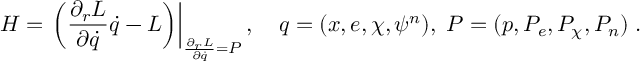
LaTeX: H = \left. \left( \frac { \partial _ { r } L } { \partial \dot { q } } \dot { q } - L \right) \right| _ { \frac { \partial _ { r } L } { \partial \dot { q } } = P } , \, \, \, \, \, \, q = ( x , e , \chi , \psi ^ { n } ) , \; P = ( p , P _ { e } , P _ { \chi } , P _ { n } ) \; .